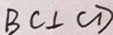
B C \bot C D